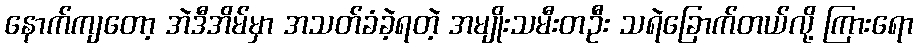
နောက်ကျတော့ အဲဒီအိမ်မှာ အသတ်ခံခဲ့ရတဲ့ အမျိုးသမီးတဦး သရဲခြောက်တယ်လို့ ကြားရော